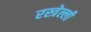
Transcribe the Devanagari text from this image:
रस्त्रेल्ली